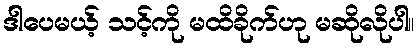
ဒါပေမယ့် သင့်ကို မထိခိုက်ဟု မဆိုလိုပါ။